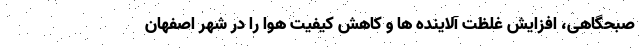
صبحگاهی، افزایش غلظت آلاینده ها و کاهش کیفیت هوا را در شهر اصفهان